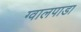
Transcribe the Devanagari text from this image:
ग्वालपाडा